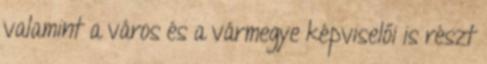
valamint a város és a vármegye képviselői is részt